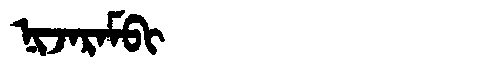
Manchu: ᠨᡳᠵᠠᡵᠠᠮᠪᡳ
Romanization: NIJARAMBI